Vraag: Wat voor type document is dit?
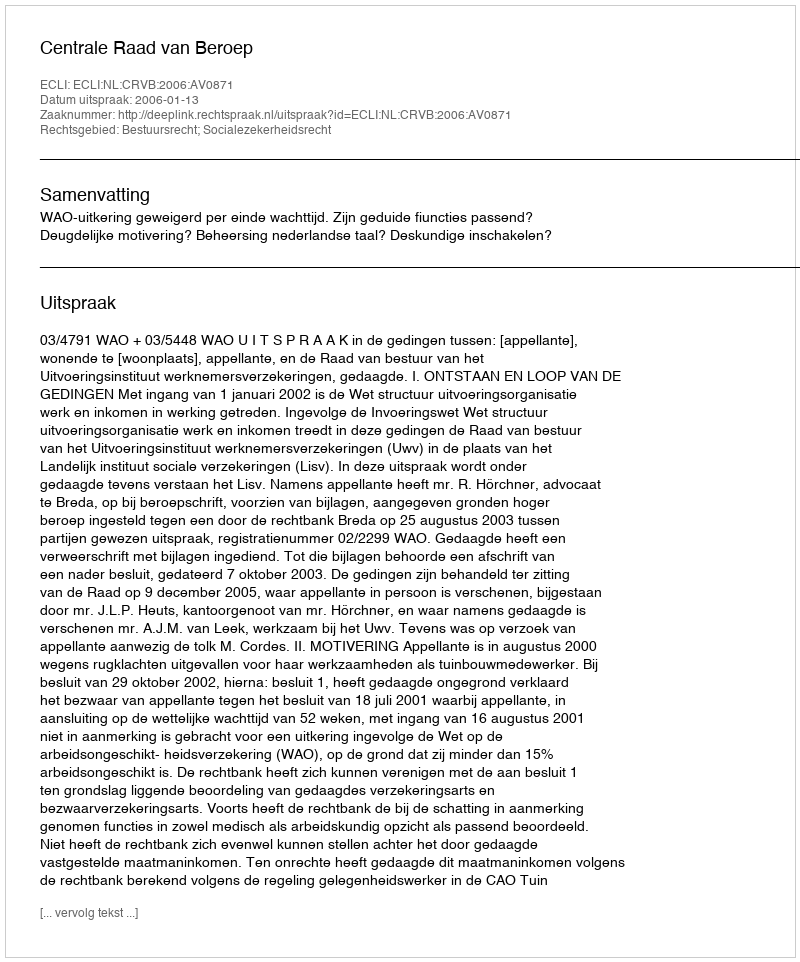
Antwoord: Uitspraak